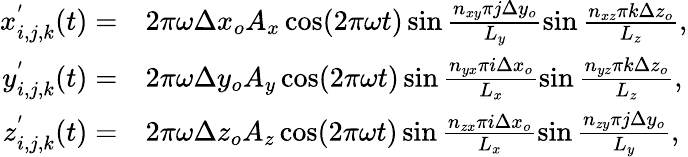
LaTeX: \begin{array}{rl}{x_{i,j,k}^{'}(t)=}&{{}2\pi\omega\Delta x_{o}A_{x}\cos(2\pi\omega t)\sin\frac{n_{xy}\pi j\Delta y_{o}}{L_{y}}\sin\frac{n_{xz}\pi k\Delta z_{o}}{L_{z}},}\\ {y_{i,j,k}^{'}(t)=}&{{}2\pi\omega\Delta y_{o}A_{y}\cos(2\pi\omega t)\sin\frac{n_{yx}\pi i\Delta x_{o}}{L_{x}}\sin\frac{n_{yz}\pi k\Delta z_{o}}{L_{z}},}\\ {z_{i,j,k}^{'}(t)=}&{{}2\pi\omega\Delta z_{o}A_{z}\cos(2\pi\omega t)\sin\frac{n_{zx}\pi i\Delta x_{o}}{L_{x}}\sin\frac{n_{zy}\pi j\Delta y_{o}}{L_{y}},}\end{array}